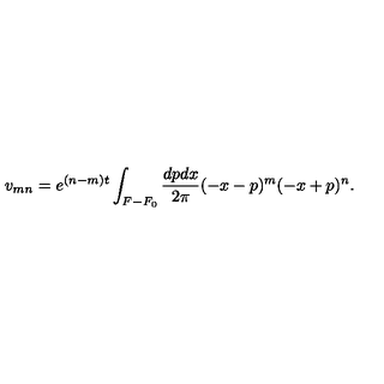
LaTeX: v _ { m n } = e ^ { ( n - m ) t } \int _ { F - F _ { 0 } } \frac { d p d x } { 2 \pi } ( - x - p ) ^ { m } ( - x + p ) ^ { n } .